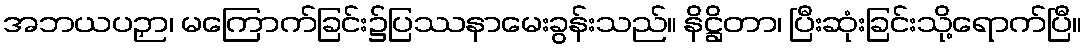
အဘယပဉှာ၊ မကြောက်ခြင်း၌ပြဿနာမေးခွန်းသည်။ နိဋ္ဌိတာ၊ ပြီးဆုံးခြင်းသို့ရောက်ပြီ။